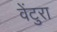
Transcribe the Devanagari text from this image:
वेंटुरा